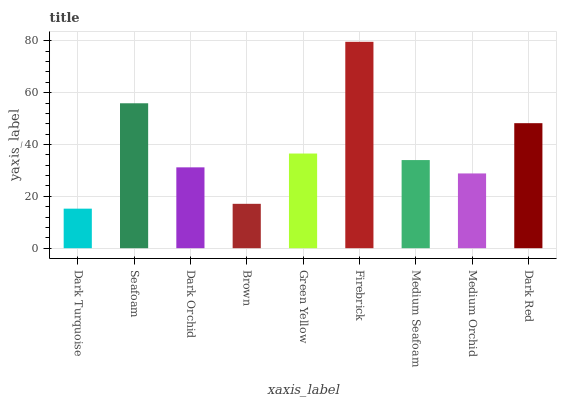
| xaxis_label | bars |
 | --- | --- |
 | Dark Turquoise | 15.3 |
 | Seafoam | 55.9 |
 | Dark Orchid | 31.2 |
 | Brown | 17.1 |
 | Green Yellow | 36.5 |
 | Firebrick | 79.6 |
 | Medium Seafoam | 34 |
 | Medium Orchid | 28.8 |
 | Dark Red | 48.2 |